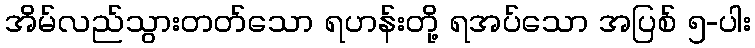
အိမ်လည်သွားတတ်သော ရဟန်းတို့ ရအပ်သော အပြစ် ၅-ပါး